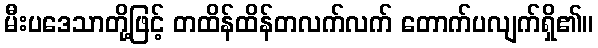
မီးပဒေသာတို့ဖြင့် တထိန်ထိန်တလက်လက် တောက်ပလျက်ရှိ၏။